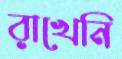
রাখেনি